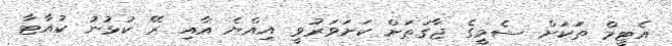
އެޓީމް ތަކަށް ސެމީގެ ޖާގަތަށް ކަށަވަރުވީ އިއްޔެ އާއި ރޭ ކުޅުނު ކުއާޓާ